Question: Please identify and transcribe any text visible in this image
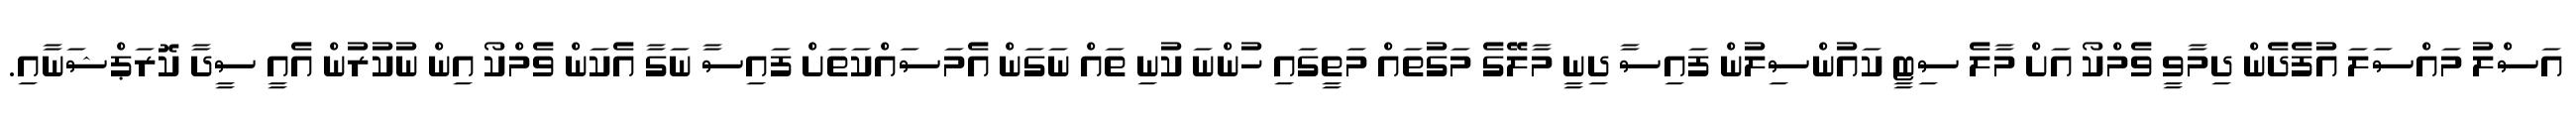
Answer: އަސްލު މައްސަލަ އުފެދެން ދިމާވީ ވެމްކޯ އަށް މާލެ ސިޓީ ކައުންސިލުން ފައިސާ ދިނީ މާލޭގެ މަގުތައް މަތީގައި ހުންނަ ކުނި ތައް ނަގަން އެމަސައްކަތަށް ފައިސާ ނަގާ އެކަން ވެމްކޯ އިން ނުކުރުން އެއީ ސީދާ ކޮރަޕްޝަނާއި.